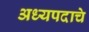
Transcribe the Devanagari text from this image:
अध्यपदाचे